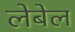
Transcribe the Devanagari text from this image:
लेबेल